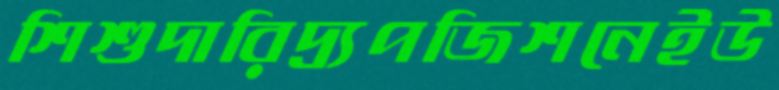
শিশুদারিদ্র্যপজিশনেইউ